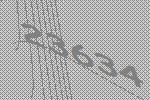
23634